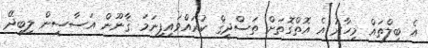
އެ ބިލްތައް މިހާރު އެ އޮތްގޮތަށް ތަސްދީޤް ކުރައްވައިފިނަމަ ޤާނޫން އަސާސީން ލިބިދޭ